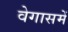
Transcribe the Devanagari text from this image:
वेगासमें